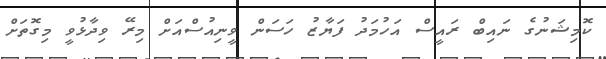
ކޮމިޝަނުގެ ނައިބް ރައީސް އަހުމަދު ފަޔާޒު ހަސަން ވީނިއުސްއަށް މިރޭ ވިދާޅުވީ މިގޮތަށް